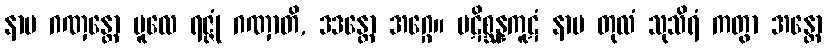
နာမ ဂဏှန္တော မူလေ ရဇ္ဇုံ ဂဏှာတိ, ဒဒန္တော အဂ္ဂေ။ ပဋိစ္ဆန္နကူဋံ နာမ တုလံ သုသိရံ ကတွာ အန္တော